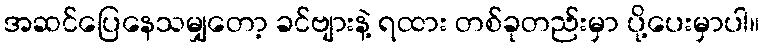
အဆင်ပြေနေသမျှတော့ ခင်ဗျားနဲ့ ရထား တစ်ခုတည်းမှာ ပို့ပေးမှာပါ။